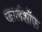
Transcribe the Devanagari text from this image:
जार्लशॉफ